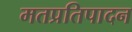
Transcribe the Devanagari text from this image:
मतप्रतिपादन